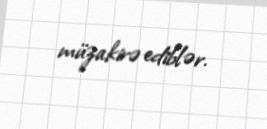
müzakirə ediblər.